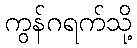
ကွန်ဂရက်သို့